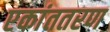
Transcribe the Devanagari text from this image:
एकांततरण